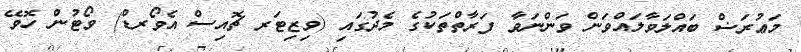
މަޢުރަޟް ބައްލަވާލައްވަން ވަންނަވާ ފަރާތްތަކުގެ މެދުގައި (ވިޒިޓަރ ޗޮއިސް އެވޯރޑް) ވޯޓުން ހޮވޭ